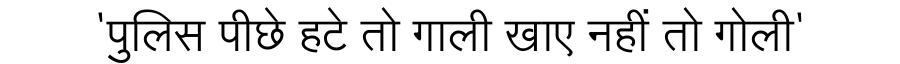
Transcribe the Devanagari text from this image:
'पुलिस पीछे हटे तो गाली खाए नहीं तो गोली'